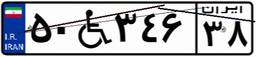
۵۰W۳۴۶۳۸